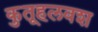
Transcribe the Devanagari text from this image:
कुतूहलवश